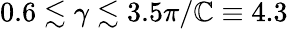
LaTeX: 0.6\lesssim\gamma\lesssim3.5\pi/\mathbb{C}\equiv4.3